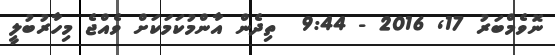
ނޮވެމްބަރު 17